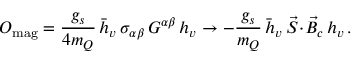
{ \cal O } _ { \mathrm { m a g } } = { \frac { g _ { s } } { 4 m _ { Q } } } \, \bar { h } _ { v } \, \sigma _ { \alpha \beta } \, G ^ { \alpha \beta } \, h _ { v } \to - { \frac { g _ { s } } { m _ { Q } } } \, \bar { h } _ { v } \, \vec { S } \! \cdot \! \vec { B } _ { c } \, h _ { v } \, .